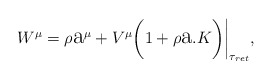
\begin{align*} W^{\mu}=\rho\hbox{\Large a}^{\mu}+V^{\mu}{\bigg(}1+\rho\hbox{\Large a}.{K}{\bigg)}{\bigg|}_{\tau_{ret}},\end{align*}